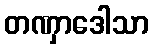
တဏှာဒေါသာ